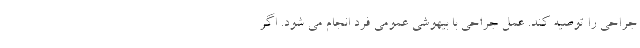
جراحی را توصیه کند. عمل جراحی با بیهوشی عمومی فرد انجام می شود. اگر